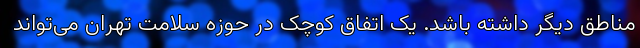
مناطق دیگر داشته باشد. یک اتفاق کوچک در حوزه سلامت تهران می‌تواند